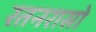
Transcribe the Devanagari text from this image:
रतनरासो